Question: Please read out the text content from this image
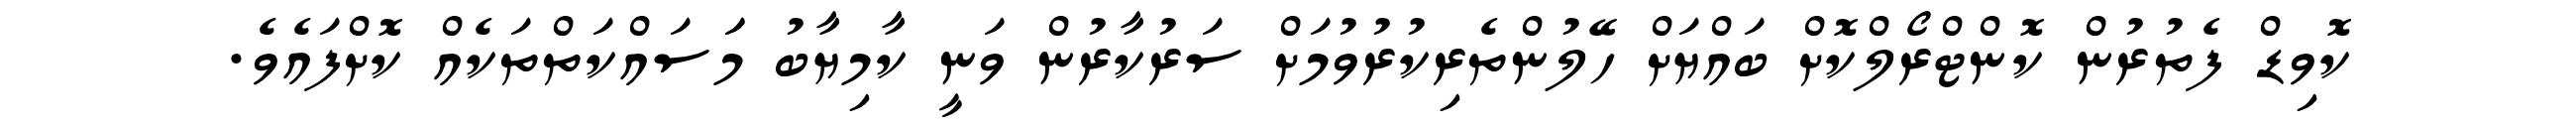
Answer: ކޮވިޑް ފެތުރުން ކޮންޓްރޯލްކޮށް ބައްޔަށް ހޭލުންތެރިކުރުވުމަށް ސަރުކާރުން ވަނީ ކާމިޔާބު މަަސައްކަތްތަކެއް ކޮށްފައެވެ.